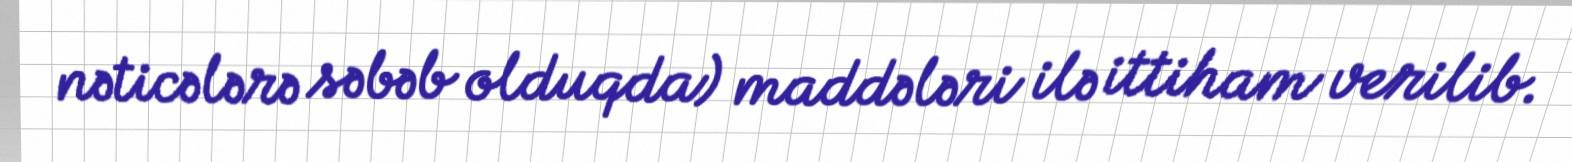
nəticələrə səbəb olduqda) maddələri ilə ittiham verilib.